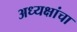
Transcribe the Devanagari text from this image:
अध्यक्षांचा